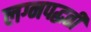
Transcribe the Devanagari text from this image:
लग्नपद्धती